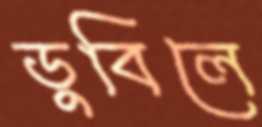
ডুবিলে